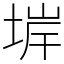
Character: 堓